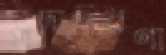
পদাচরণা